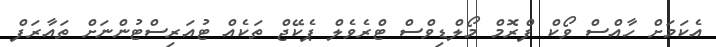
އެކަމަށް ހާއްސް ވޯކް ފްރޮމް މޯލްޑިވްސް ޓްރެވެލް ޕެކޭޖް ތަކެއް ޓުއަރިސްޓުންނަށް ތައާރަފް